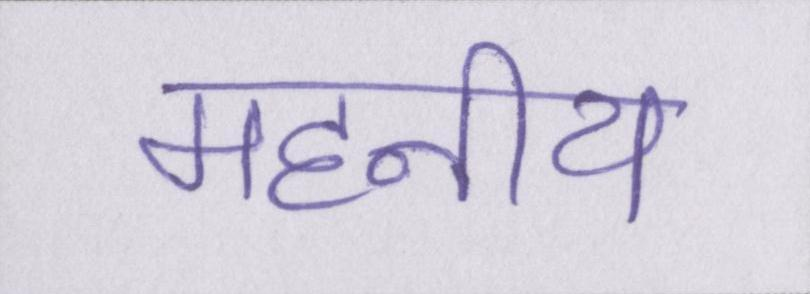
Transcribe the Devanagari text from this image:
महनीय